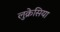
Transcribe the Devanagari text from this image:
लुक्रेसिया